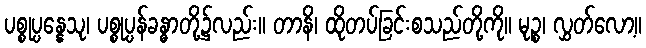
ပစ္စုပ္ပန္နေသု၊ ပစ္စုပ္ပန်ခန္ဓာတို့၌လည်း။ တာနိ၊ ထိုတပ်ခြင်းစသည်တို့ကို။ မုဉ္စ၊ လွှတ်လော့။